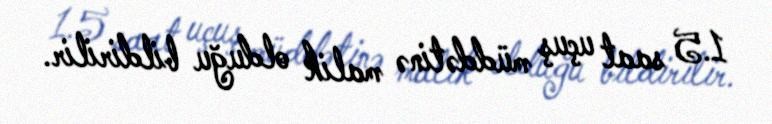
1.5 saat uçuş müddətinə malik olduğu bildirilir.